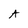
Character: A